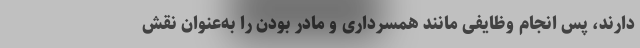
دارند، پس انجام وظایفی مانند همسرداری و مادر بودن را به‌عنوان نقش